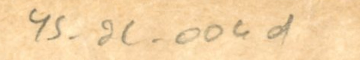
YS_2C_004d